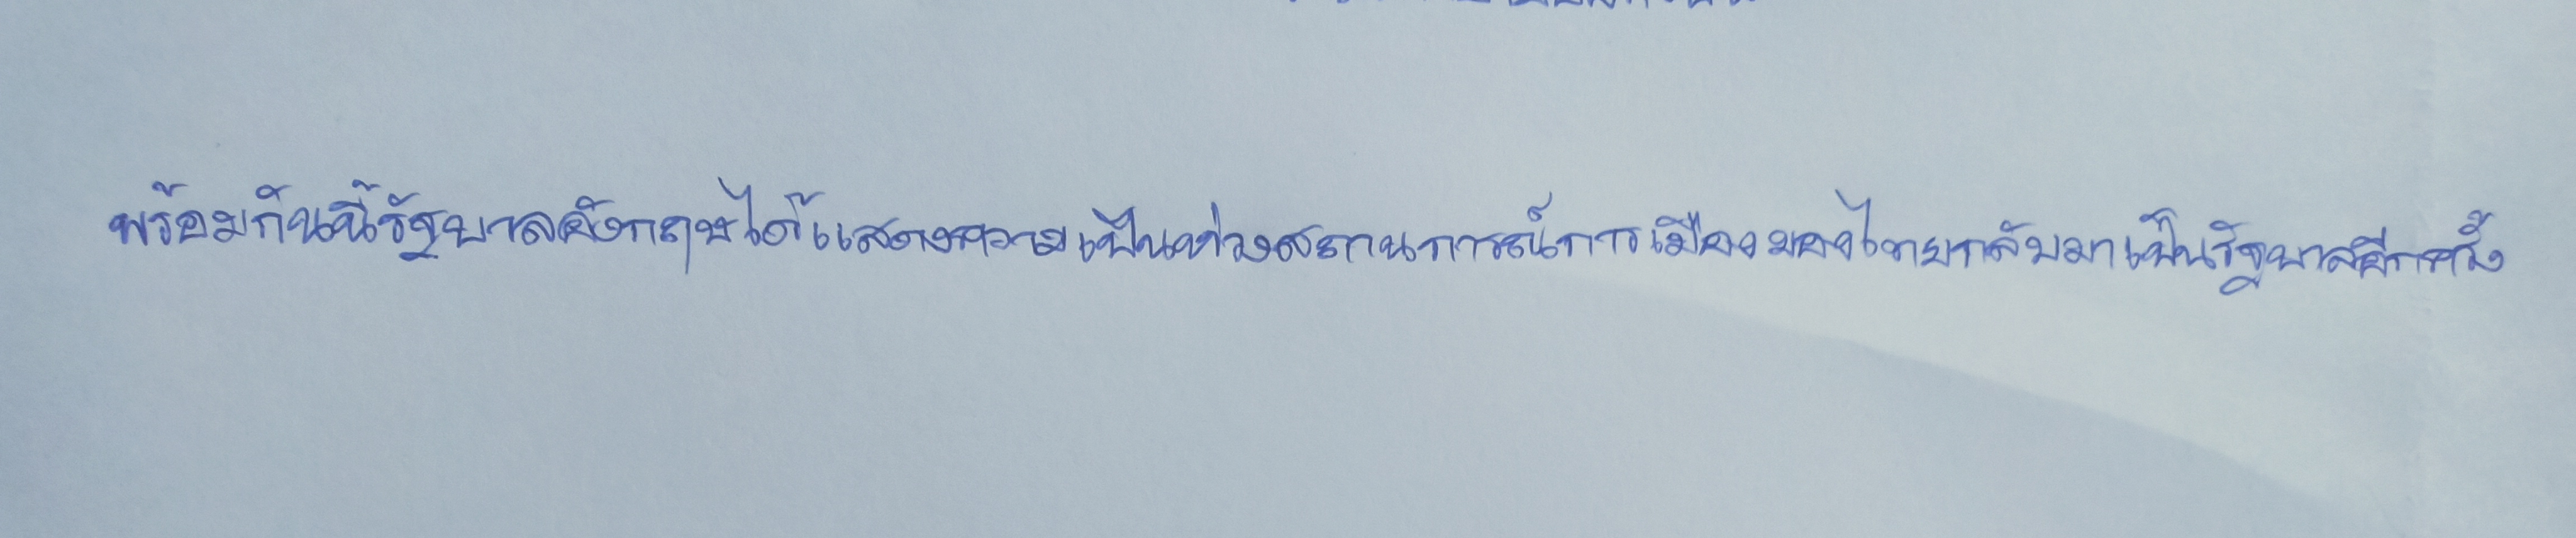
พร้อมกันนี้รัฐบาลอังกฤษได้แสดงความเป็นห่วงสถานการณ์การเมืองของไทยกลับมาเป็นรัฐบาลอีกครั้ง